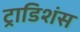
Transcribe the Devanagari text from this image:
ट्राडिशंस